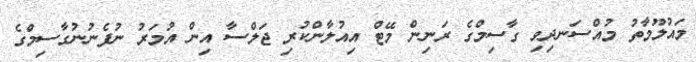
މައުލޫމާތު މުއްސަނދިވި ގާސިމްގެ ރަނިން މޭޓް އިއުލާންކުރި ޖަލްސާ އިން އުމަރު ނުފެނުނުގާސިމްގެ